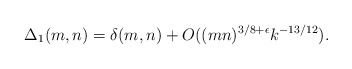
\begin{align*} \Delta_1(m,n)= \delta(m,n) +O((mn)^{3/8+\epsilon} k^{-13/12}).\end{align*}